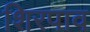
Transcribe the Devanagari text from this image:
शिरपाव